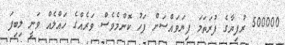
500000 ރުފިޔާގެ ފުރަތަމަ ފިޔަވައްސަށް ފަހު ކޮންމެވެސް ވަރެއްގެ ހައްލެއް ވަނީ ލިބިފަ